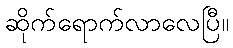
ဆိုက်ရောက်လာလေပြီ။